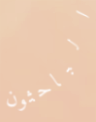
الباحثون